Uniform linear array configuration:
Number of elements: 16
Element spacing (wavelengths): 0.75
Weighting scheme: hamming
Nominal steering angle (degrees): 0
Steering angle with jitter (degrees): -1.757
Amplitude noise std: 0.05
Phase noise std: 0.05

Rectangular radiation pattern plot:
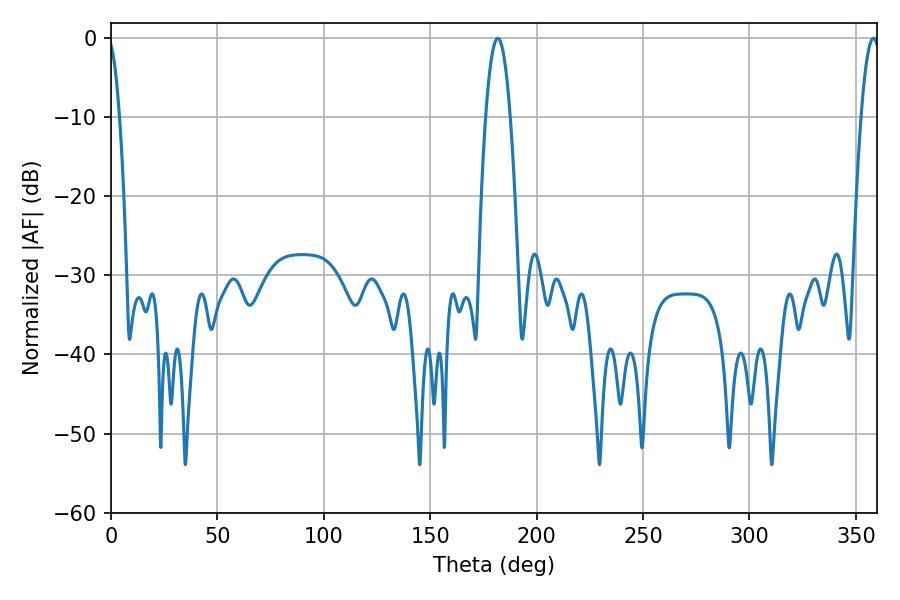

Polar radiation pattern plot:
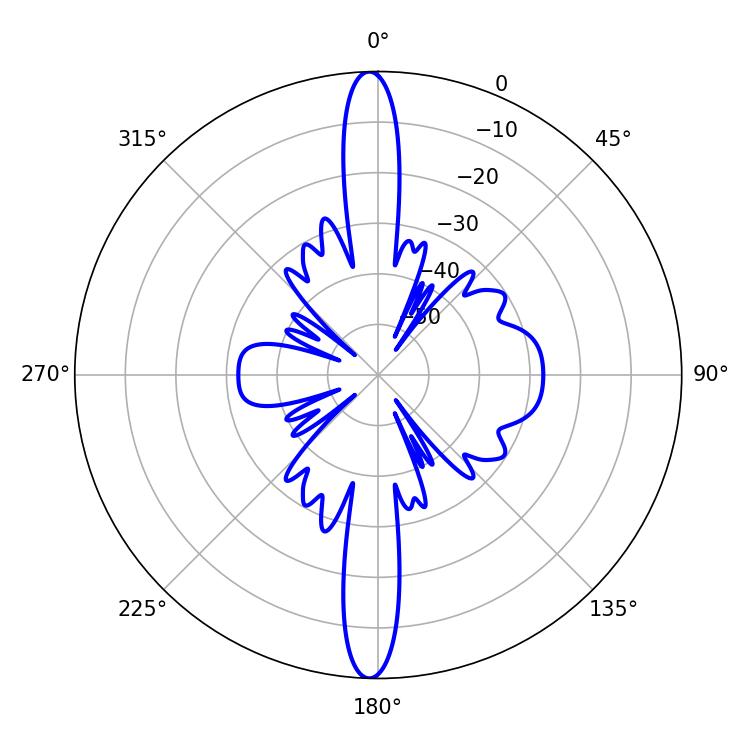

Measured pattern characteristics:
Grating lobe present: TRUE
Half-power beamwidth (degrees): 6.3
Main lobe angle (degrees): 181.8